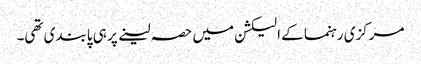
مرکزی رہنما کے الیکشن میں حصہ لینے پر ہی پابندی تھی۔